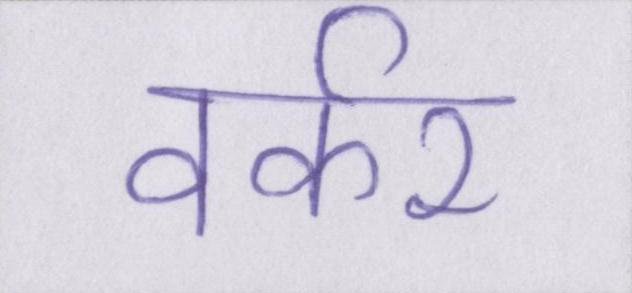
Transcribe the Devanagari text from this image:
वर्कर